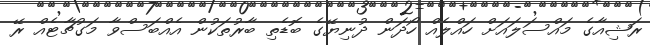
ރަޝިއާގެ މައްސަލައަށް ހައްލެއް ހޯދަން ދުނިޔޭގެ ބޮޑެތި ބާރުތަކުން އެއްބަސްވާ މަގުޗާޓެއް ރޭ